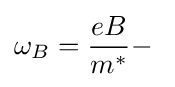
\omega _{B}={\frac {eB}{m^{*}}}-\